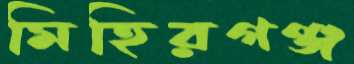
মিহিরগঞ্জ